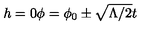
h = 0 \phi = \phi _ { 0 } \pm \sqrt { \Lambda / 2 } t